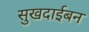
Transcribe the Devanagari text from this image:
सुखदाईबन